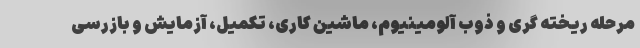
مرحله ریخته گری و ذوب آلومینیوم، ماشین کاری، تکمیل، آزمایش و بازرسی